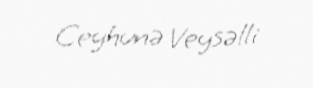
Ceyhunə Veysəlli